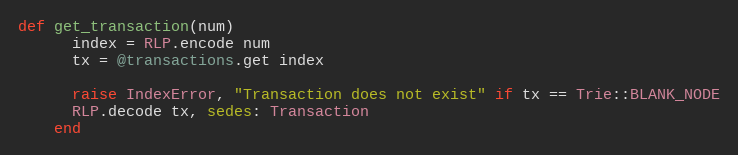
Language: Ruby
def get_transaction(num)
      index = RLP.encode num
      tx = @transactions.get index

      raise IndexError, "Transaction does not exist" if tx == Trie::BLANK_NODE
      RLP.decode tx, sedes: Transaction
    end